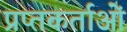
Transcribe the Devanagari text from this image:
प्रप्तकर्ताओं